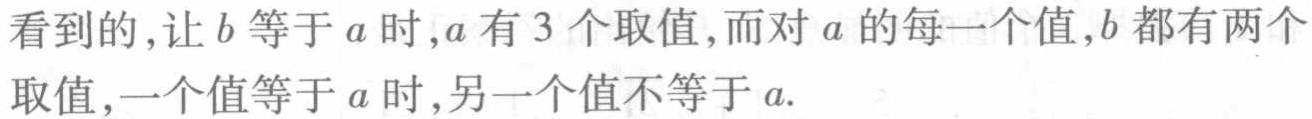
看到的，让\(b\)等于\(a\)时，\(a\)有\(3\)个取值，而对\(a\)的每一个值，\(b\)都有两个取值，一个值等于\(a\)时，另一个值不等于\(a\).